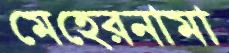
মেহেরনামা